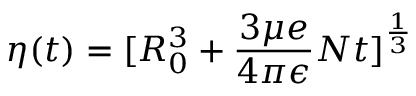
\eta ( t ) = [ R _ { 0 } ^ { 3 } + \frac { 3 \mu e } { 4 \pi \epsilon } N t ] ^ { \frac { 1 } { 3 } }